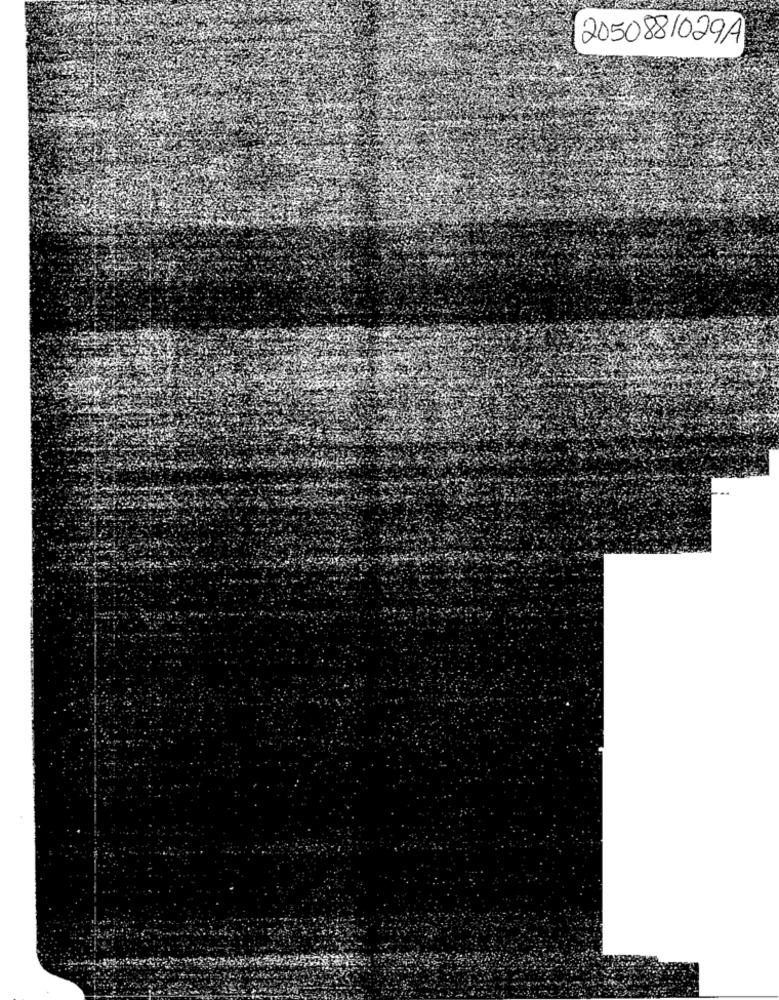
2050881029A